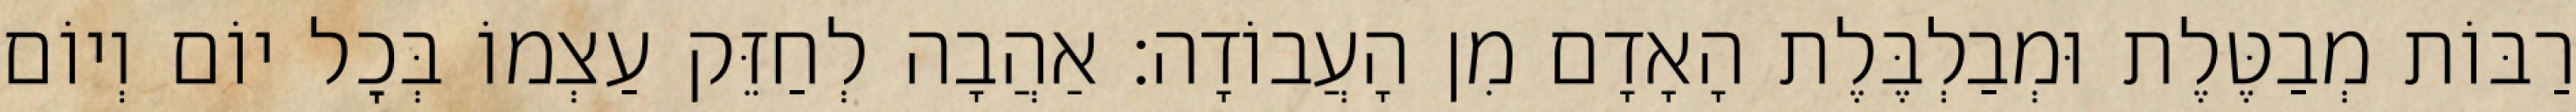
רַבּוֹת מְבַטֶּלֶת וּמְבַלְבֶּלֶת הָאָדָם מִן הָעֲבוֹדָה: אַהֲבָה לְחַזֵּק עַצְמוֹ בְּכׇל יוֹם וְיוֹם